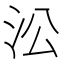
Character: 㳂